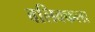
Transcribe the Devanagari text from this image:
बलिक्कला